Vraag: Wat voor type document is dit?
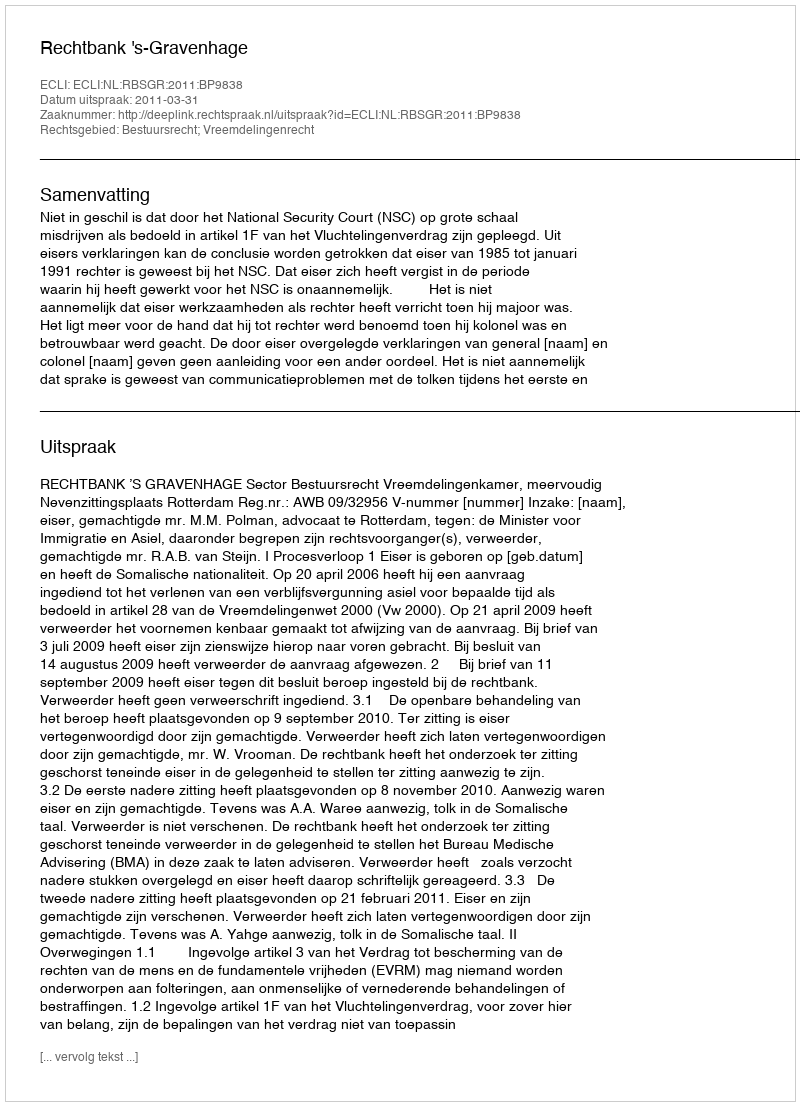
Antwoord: Uitspraak